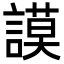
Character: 謨